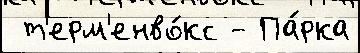
 т'ерм'енво́кс - Па́рка